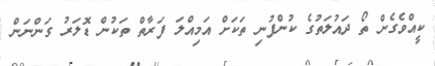
ކީއްވެގެން ތޯ ދައުލަތުގެ ކުންފުނި ތަކަށް އަމިއްލަ ފަރާތް ތަކުން ޑޮލަރު ގަންނަން